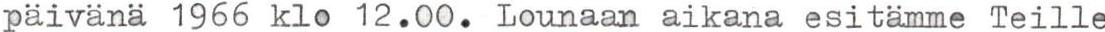
päivänä 1966 klo 12.00. Lounaan aikana esitämme Teille